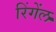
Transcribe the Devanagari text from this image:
रिंगेंल